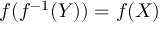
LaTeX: f ( f ^ { - 1 } ( Y ) ) = f ( X )